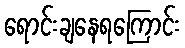
ရောင်းချနေရကြောင်း